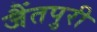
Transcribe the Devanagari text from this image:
जैंतपुरी